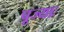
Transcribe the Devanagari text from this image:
पूज्याः